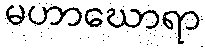
မဟာဃောရာ